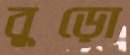
বুড়ো